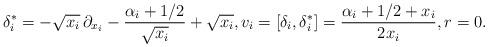
LaTeX: \begin{align*}\delta_i^*=-\sqrt{x_i}\,\partial_{x_i}-\frac{\alpha_i+1/2}{\sqrt{x_i}}+\sqrt{x_i},v_i=[\delta_i,\delta_i^*]=\frac{\alpha_i+1/2+x_i}{2x_i},r=0.\end{align*}